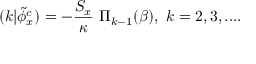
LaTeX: ( k | \tilde { \phi } _ { x } ^ { c } ) = - { \frac { S _ { x } } { \kappa } } \ \Pi _ { k - 1 } ( \beta ) , \ k = 2 , 3 , . . . .